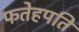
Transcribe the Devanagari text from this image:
फतेहपति